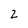
Character: 2